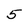
Character: 5